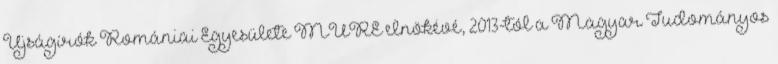
Újságírók Romániai Egyesülete MÚRE elnökévé, 2013-tól a Magyar Tudományos